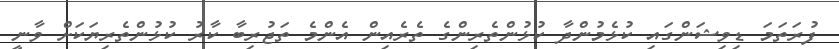
ފުރަތަމަ ޑިވިޝަންގައި ކުޅެމުންދާ ކުޅުންތެރިންގެ ތެރެއިން އެންމެ ތަޖުރިބާ ކާރު ކުޅުންތެރިޔަކަށް ވާނީ